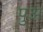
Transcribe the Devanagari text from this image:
पुअ